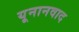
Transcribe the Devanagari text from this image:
यूनानवाद